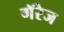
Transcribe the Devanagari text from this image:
गॅरेज